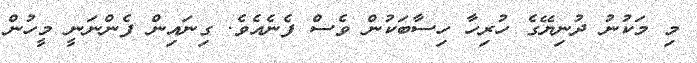
މި މަކުނު ދުނިޔޭގެ ހުރިހާ ހިސާބަކުން ވެސް ފެނެއެވެ. ގިނައިން ފެންނަނީ މީހުން